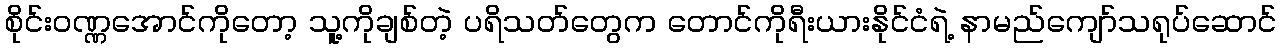
စိုင်းဝဏ္ဏအောင်ကိုတော့ သူ့ကိုချစ်တဲ့ ပရိသတ်တွေက တောင်ကိုရီးယားနိုင်ငံရဲ့ နာမည်ကျော်သရုပ်ဆောင်